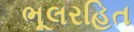
ભૂલરહિત